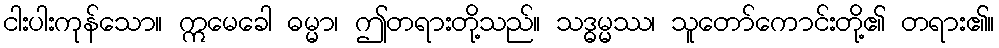
ငါးပါးကုန်သော။ ဣမေခေါ ဓမ္မာ၊ ဤတရားတို့သည်။ သဒ္ဓမ္မဿ၊ သူတော်ကောင်းတို့၏ တရား၏။